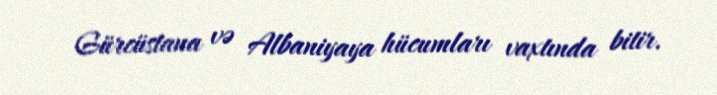
Gürcüstana və Albaniyaya hücumları vaxtında bitir.